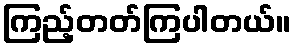
ကြည့်တတ်ကြပါတယ်။